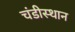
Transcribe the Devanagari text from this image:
चंडीस्‍थान